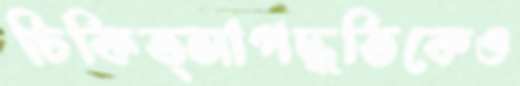
চিকিত্সাপদ্ধতিকেও